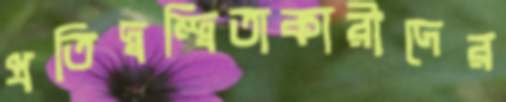
প্রতিদ্বন্দ্বিতাকারীদের